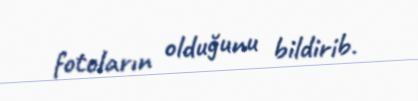
fotoların olduğunu bildirib.